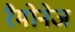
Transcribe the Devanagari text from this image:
रैमोनेज